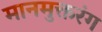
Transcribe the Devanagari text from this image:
मानमुक्तरंग